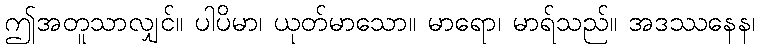
ဤအတူသာလျှင်။ ပါပိမာ၊ ယုတ်မာသော။ မာရော၊ မာရ်သည်။ အဒဿနေန၊